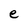
Character: e